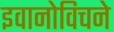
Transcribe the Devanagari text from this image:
इवानोविचने